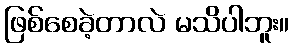
ဖြစ်စေခဲ့တာလဲ မသိပါဘူး။